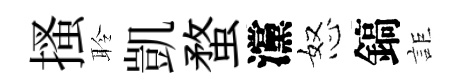
搔聆凱蝥灙怒鎬詎